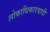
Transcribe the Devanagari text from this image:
लोकाधिकारवादी